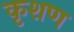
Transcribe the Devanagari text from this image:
कृशण